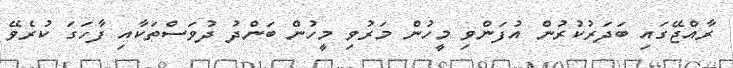
ރާއްޖޭގައި ބަދަރުކުރުން އުފަންވި މީހުން މަރުވި މީހުން ބަންދު ދުވަސްތަކާއި ފާހަގަ ކުރެވޭ